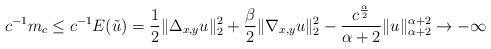
\begin{align*}c^{-1}m_{c}\leq c^{-1}E(\tilde{u})=\frac{1}{2}\|\Delta_{x,y}u\|_2^2+\frac{\beta}{2}\|\nabla_{x,y}u\|_2^2-\frac{c^{\frac{\alpha}{2}}}{\alpha+2}\|u\|_{\alpha+2}^{\alpha+2}\to-\infty\end{align*}